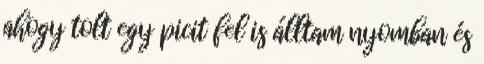
ahogy tolt egy picit fel is álltam nyomban és